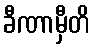
ခီဏာမှီတိ